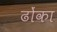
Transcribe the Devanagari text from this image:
ढोंका